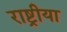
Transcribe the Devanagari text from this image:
राष्ट्रीया